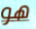
هو